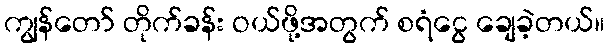
ကျွန်တော် တိုက်ခန်း ဝယ်ဖို့အတွက် စရံငွေ ချေခဲ့တယ်။